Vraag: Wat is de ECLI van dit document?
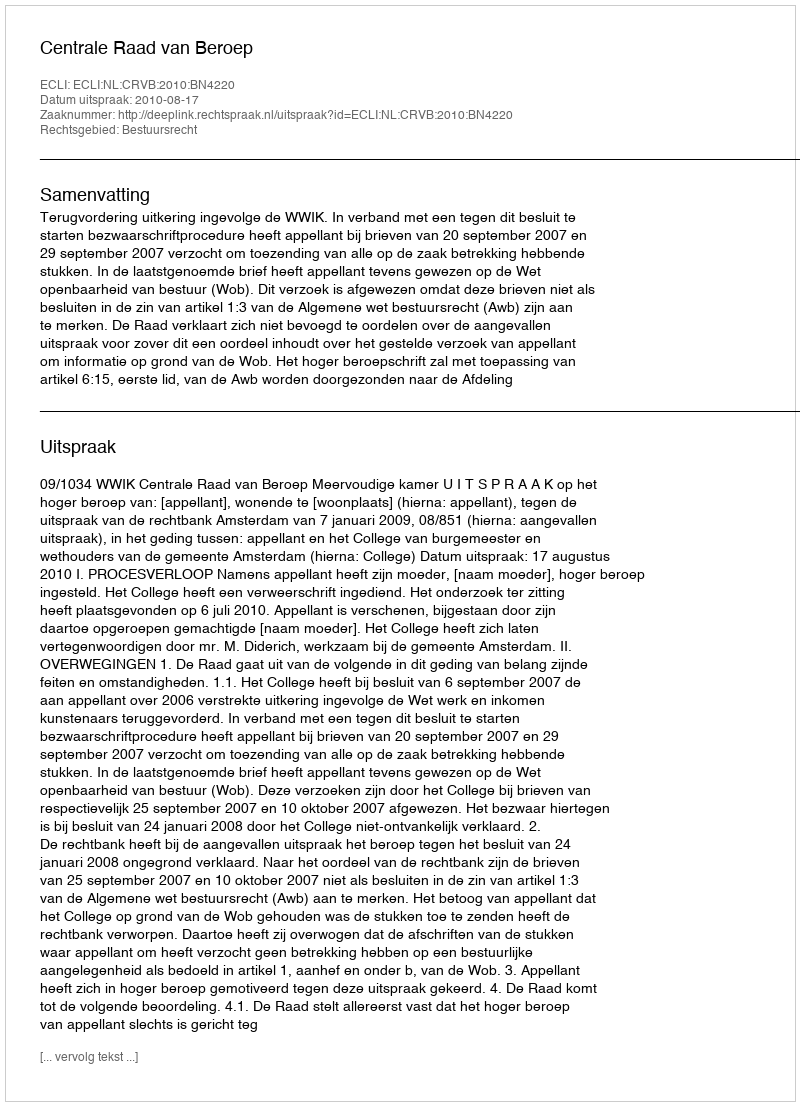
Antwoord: ECLI:NL:CRVB:2010:BN4220